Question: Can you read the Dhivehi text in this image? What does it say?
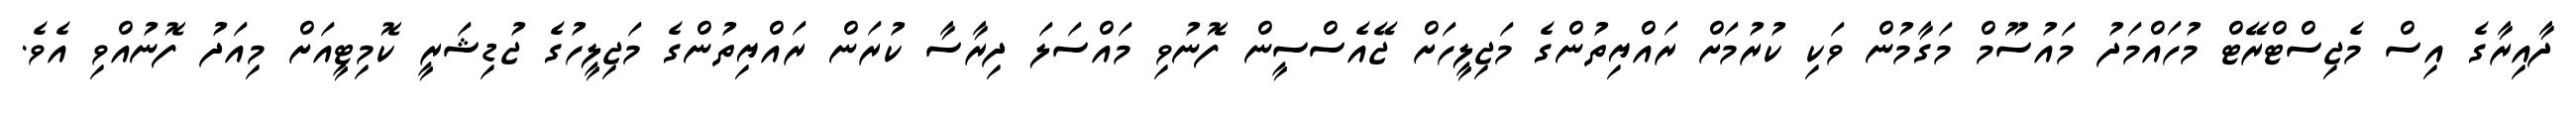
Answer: ދާއިރާގެ އިސް މެޖިސްޓްރޭޓް މުހައްމަދު މައުސޫމް މަގާމުން ވަކި ކުރުމަށް ރައްޔިތުންގެ މަޖިލީހަށް ޖޭއެސްސީން ފޮނުވި މައްސަލަ ދިރާސާ ކުރަން ރައްޔިތުންގެ މަޖިލީހުގެ ޖުޑިޝަރީ ކޮމިޓީއަށް މިއަދު ފޮނުއްވި އެވެ.